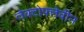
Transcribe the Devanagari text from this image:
लेक्टोफ्लेवीन